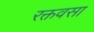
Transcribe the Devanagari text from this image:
रक्तवसा